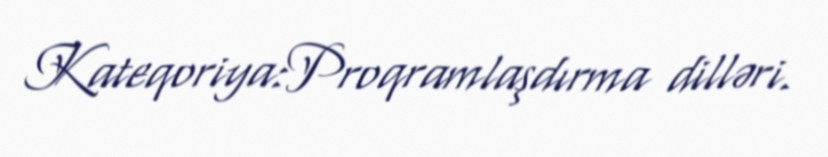
Kateqoriya:Proqramlaşdırma dilləri.